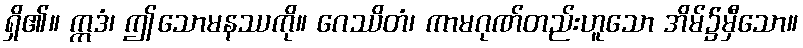
ရှိ၏။ ဣဒံ၊ ဤသောမနဿကို။ ဂေဿိတံ၊ ကာမဂုဏ်တည်းဟူသော အိမ်၌မှီသော။